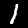
Digit: 1